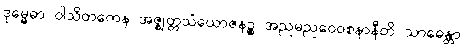
ဒုမ္မေဓာ ဝါသိတကေန အဇ္ဈတ္တသံယောဇနဉ္စ အညမညဝေဝစနာနီတိ သာဓေန္တာ